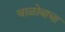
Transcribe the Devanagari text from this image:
चाळोबाचा